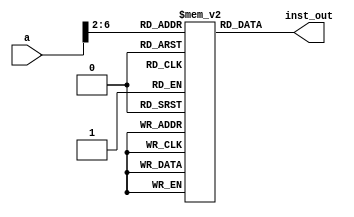
`timescale 1ns / 1ps
//////////////////////////////////////////////////////////////////////////////////
// Company: 
// Engineer: 
// 
// Design Name: 
// Module Name: sc_inst_mem
// Project Name: 
// Target Devices: 
// Tool Versions: 
// Description: 
// 
// Dependencies: 
// 
// Revision:
// Revision 0.01 - File Created
// Additional Comments:
// 
//////////////////////////////////////////////////////////////////////////////////


module sc_inst_mem(
    input [31:0] a,
    output [31:0] inst_out    
    );

    reg [31:0] inst_mem [0:31];
    
    initial begin 
        // instruction // (pc) label instruction
        inst_mem[5'h00] = 32'h3c010000; // (00) main: lui $1, 0
        inst_mem[5'h01] = 32'h34240050; // (04) ori $4, $1, 80
        inst_mem[5'h02] = 32'h20050004; // (08) addi $5, $0, 4
        inst_mem[5'h03] = 32'h0c000018; // (0c) call: jal sum
        inst_mem[5'h04] = 32'hac820000; // (10) sw $2, 0($4)
        inst_mem[5'h05] = 32'h8c890000; // (14) lw $9, 0($4)
        inst_mem[5'h06] = 32'h01244022; // (18) sub $8, $9, $4
        inst_mem[5'h07] = 32'h20050003; // (1c) addi $5, $0, 3
        inst_mem[5'h08] = 32'h20a5ffff; // (20) loop2: addi $5, $5, -1
        inst_mem[5'h09] = 32'h34a8ffff; // (24) ori $8, $5, 0xffff
        inst_mem[5'h0A] = 32'h39085555; // (28) xori $8, $8, 0x5555
        inst_mem[5'h0B] = 32'h2009ffff; // (2c) addi $9, $0, -1
        inst_mem[5'h0C] = 32'h312affff; // (30) andi $10,$9, 0xffff
        inst_mem[5'h0D] = 32'h01493025; // (34) or $6, $10, $9
        inst_mem[5'h0E] = 32'h01494026; // (38) xor $8, $10, $9
        inst_mem[5'h0F] = 32'h01463824; // (3c) and $7, $10, $6
        inst_mem[5'h10] = 32'h10a00001; // (40) beq $5, $0, shift
        inst_mem[5'h11] = 32'h08000008; // (44) j loop2
        inst_mem[5'h12] = 32'h2005ffff; // (48) shift: addi $5, $0, -1
        inst_mem[5'h13] = 32'h000543c0; // (4c) sll $8, $5, 15
        inst_mem[5'h14] = 32'h00084400; // (50) sll $8, $8, 16
        inst_mem[5'h15] = 32'h00084403; // (54) sra $8, $8, 16
        inst_mem[5'h16] = 32'h000843c2; // (58) srl $8, $8, 15
        inst_mem[5'h17] = 32'h08000017; // (5c) finish: j finish
        inst_mem[5'h18] = 32'h00004020; // (60) sum: add $8, $0, $0
        inst_mem[5'h19] = 32'h8c890000; // (64) loop: lw $9, 0($4)
        inst_mem[5'h1A] = 32'h20840004; // (68) addi $4, $4, 4
        inst_mem[5'h1B] = 32'h01094020; // (6c) add $8, $8, $9
        inst_mem[5'h1C] = 32'h20a5ffff; // inst_mem[5'h00] = (70) addi $5, $5, -1
        inst_mem[5'h1D] = 32'h14a0fffb; // (74) bne $5, $0, loop
        inst_mem[5'h1E] = 32'h00081000; // (78) sll $2, $8, 0
        inst_mem[5'h1F] = 32'h03e00008; // (7c) jr $31
    end
    
    assign inst_out = inst_mem[a[6:2]];

endmodule